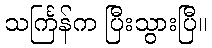
သင်္ကြန်က ပြီးသွားပြီ။